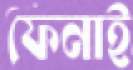
ফেনাই